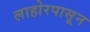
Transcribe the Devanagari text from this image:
लाहोरपासून